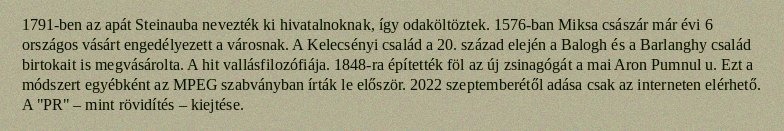
1791-ben az apát Steinauba nevezték ki hivatalnoknak, így odaköltöztek. 1576-ban Miksa császár már évi 6 országos vásárt engedélyezett a városnak. A Kelecsényi család a 20. század elején a Balogh és a Barlanghy család birtokait is megvásárolta. A hit vallásfilozófiája. 1848-ra építették föl az új zsinagógát a mai Aron Pumnul u. Ezt a módszert egyébként az MPEG szabványban írták le először. 2022 szeptemberétől adása csak az interneten elérhető. A "PR" – mint rövidítés – kiejtése.